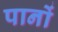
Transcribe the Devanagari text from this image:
पानों